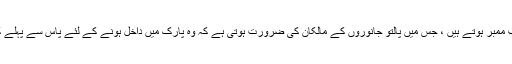
بہت سے ڈاگ پارکس صرف ممبر ہوتے ہیں ، جس میں پالتو جانوروں کے مالکان کی ضرورت ہوتی ہے کہ وہ پارک میں داخل ہونے کے لئے پاس سے پہلے کسی درخواست کو پُر کریں۔